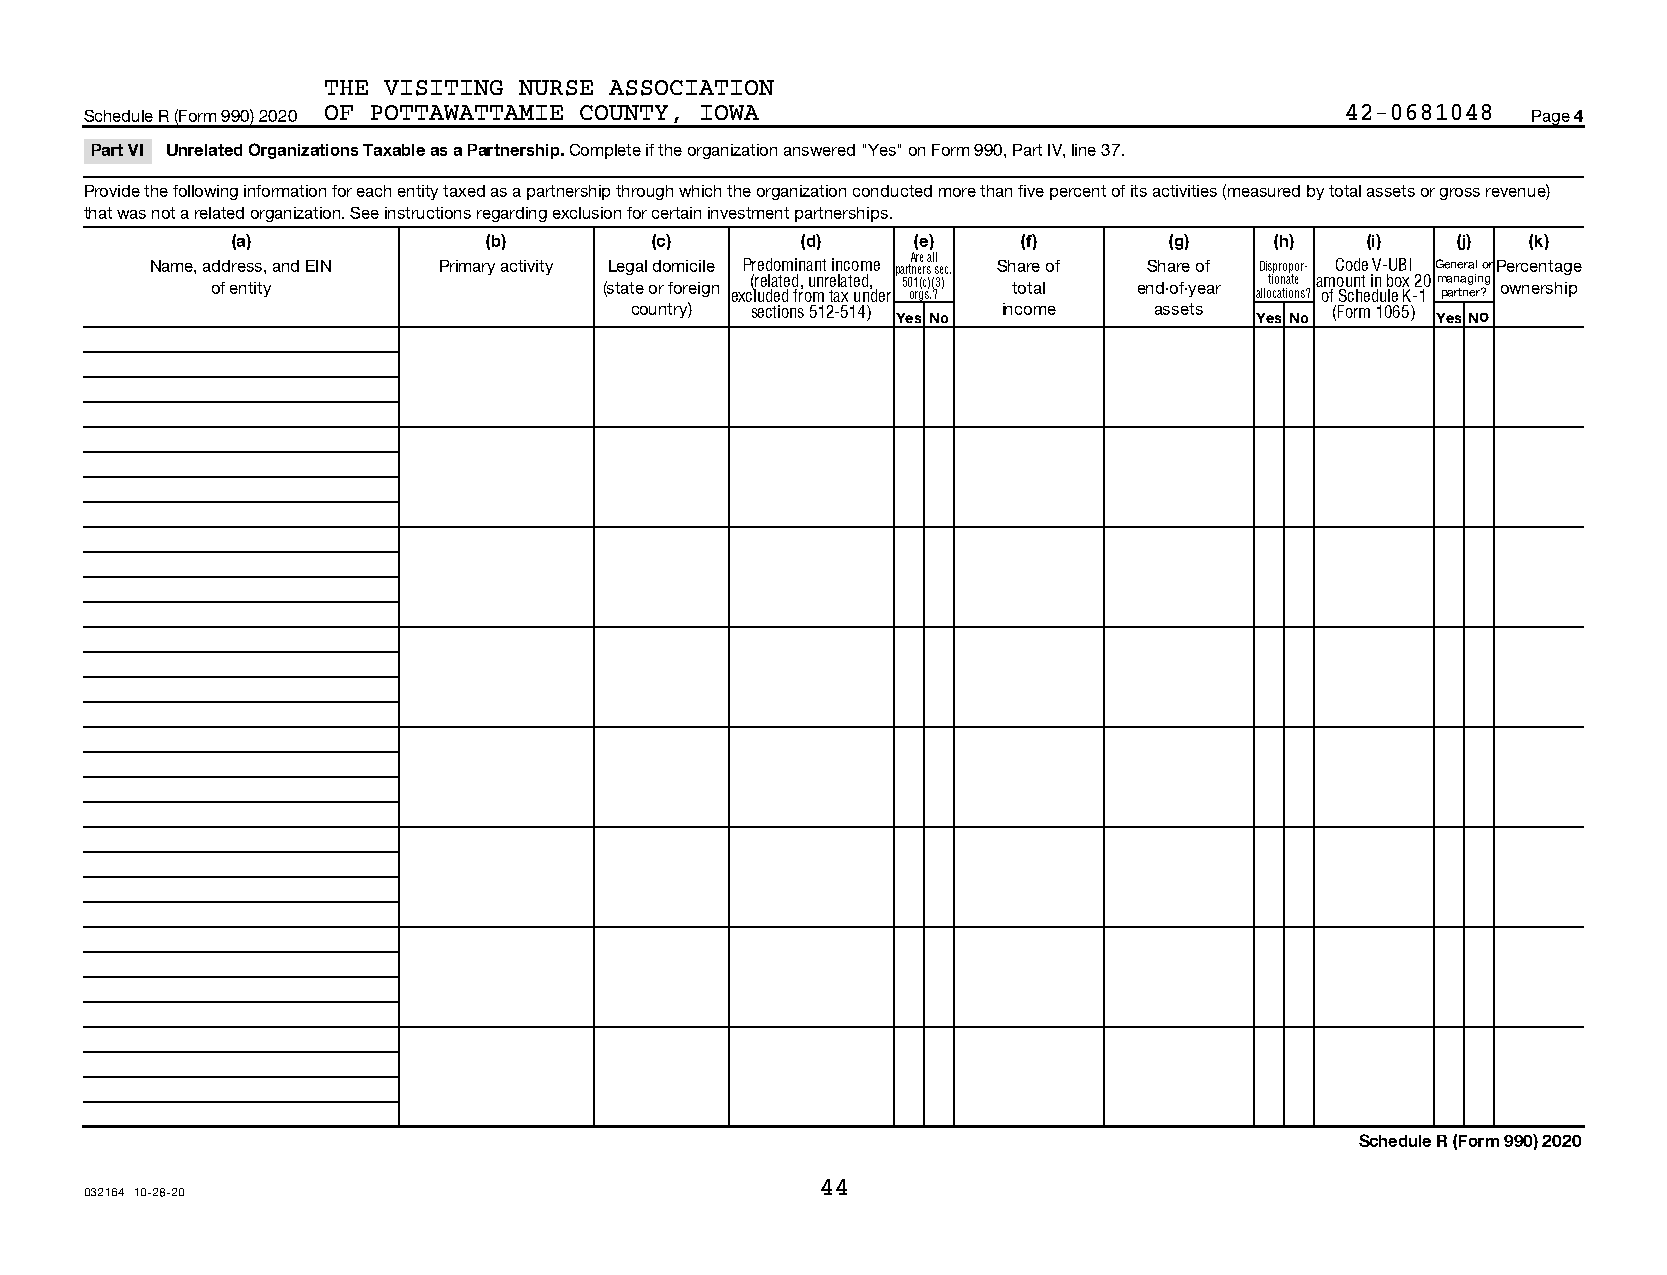
THE VISITING NURSE ASSOCIATION
 Schedule R (Form 990) 2020 OF POTTAWATTAMIE COUNTY, IOWA                           42-0681048  Page 4
 Part VI Unrelated Organizations Taxable as a Partnership. Complete if the organization answered "Yes" on Form 990, Part IV, line 37.
 Provide the following information for each entity taxed as a partnership through which the organization conducted more than five percent of its activities (measured by total assets or gross revenue)
 that was not a related organization. See instructions regarding exclusion for certain investment partnerships.
 (a)              (b)        (c)       (d)     (e)    (f)      (g)    (h)   (i)   (j)  (k)
 Name, address, and EIN Primary activity Legal domicile Predominant income partA nr ee r sa l sl ec. Share of Share of Dispropor- Code V-UBI General orPercentage
 of entity                 (state or foreign exc( lr ue dla et de d fr, ou mnr te ala xt ued n,
 der
 50 o1 rg(c s) .( ?3) total end-of-year alloti co an tia ote ns?a om
 f
 o Su cn ht
 e
 i dn
 u
 b leo x
 K
 -2 10m pa an rta ng ei rn ?g ownership
 country) sections 512-514) Yes No income assets Yes No (Form 1065) Yes No
 Schedule R (Form 990) 2020
 44
 032164 10-28-20